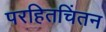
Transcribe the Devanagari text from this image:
परहितचिंतन